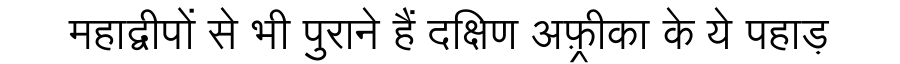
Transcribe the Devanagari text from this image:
महाद्वीपों से भी पुराने हैं दक्षिण अफ़्रीका के ये पहाड़